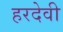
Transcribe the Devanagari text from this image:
हरदेवी